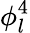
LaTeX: \phi_{l}^{4}